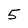
Character: 5